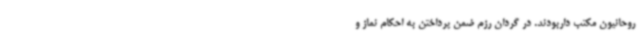
روحانیون مکتب داربودند. در گردان رزم ضمن پرداختن به احکام نماز و